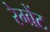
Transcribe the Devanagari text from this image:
रेम्ब्रेंट